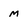
Character: m